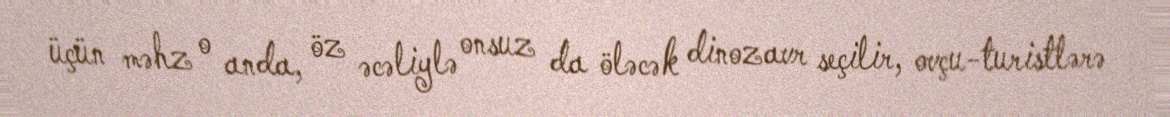
üçün məhz o anda, öz əcəliylə onsuz da öləcək dinozavr seçilir, ovçu-turistlərə